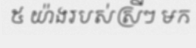
៥ យ៉ាងរបស់ស្រីៗ មក